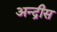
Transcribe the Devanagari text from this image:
अन्द्रीस